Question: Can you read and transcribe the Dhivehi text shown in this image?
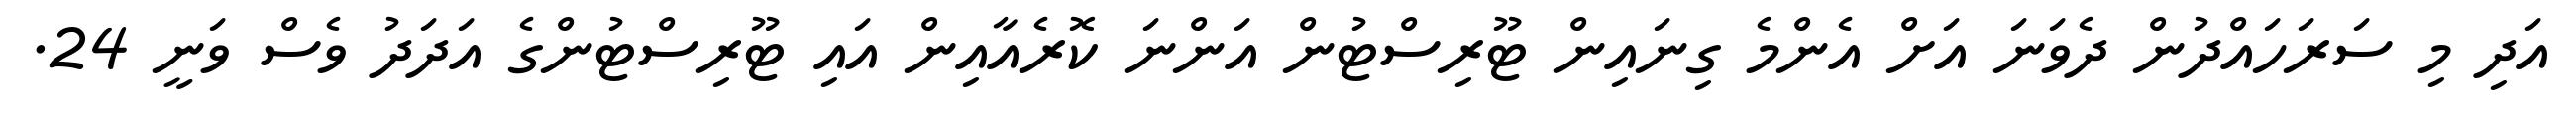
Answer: އަދި މި ސަރަހައްދުން ދެވަނަ އަށް އެންމެ ގިނައިން ޓޫރިސްޓުން އަންނަ ކޮރެއާއިން އައި ޓޫރިސްޓުންގެ އަދަދު ވެސް ވަނީ 24.